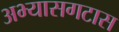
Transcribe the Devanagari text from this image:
अभ्यासगटास